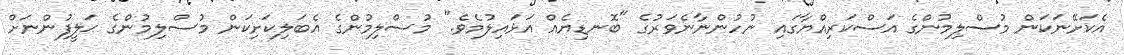
އެކަށޭނަކަން މުސްލިމުންގެ އަސްކަރިއްޔާގައި ނުހުންނާނެވަރުގެ "ބޮނޑިޔެއް އަޅައިލުމެވެ." މުސްލިމުންގެ އެބަލިކަށިކަން މުސްލިމުންގެ ޙަލީފުންނަށް